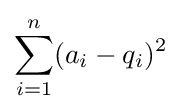
\sum _{i=1}^{n}(a_{i}-q_{i})^{2}